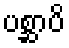
ပစ္ဆာပိ